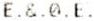
E.&.0.E.